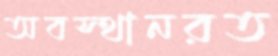
অবস্থানরত